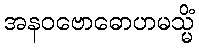
အနဝဗောဓောဟမသ္မိံ